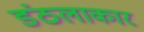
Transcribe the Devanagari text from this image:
डंठलाकार